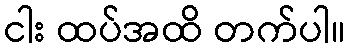
ငါး ထပ်အထိ တက်ပါ။